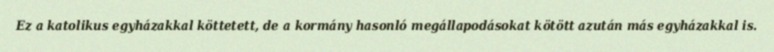
Ez a katolikus egyházakkal köttetett, de a kormány hasonló megállapodásokat kötött azután más egyházakkal is.